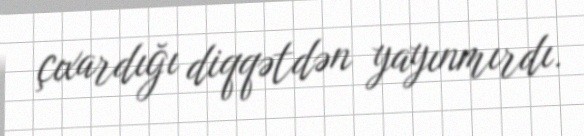
çıxardığı diqqətdən yayınmırdı.